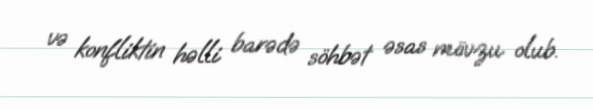
və konfliktin həlli barədə söhbət əsas mövzu olub.